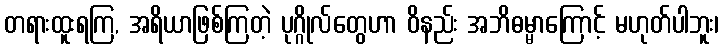
တရားထူးရကြ, အရိယာဖြစ်ကြတဲ့ ပုဂ္ဂိုလ်တွေဟာ ဝိနည်း အဘိဓမ္မာကြောင့် မဟုတ်ပါဘူး၊